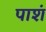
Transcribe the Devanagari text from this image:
पाशं